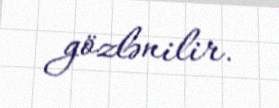
gözlənilir.